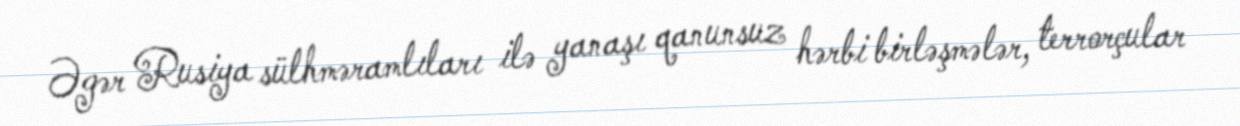
Əgər Rusiya sülhməramlıları ilə yanaşı qanunsuz hərbi birləşmələr, terrorçular